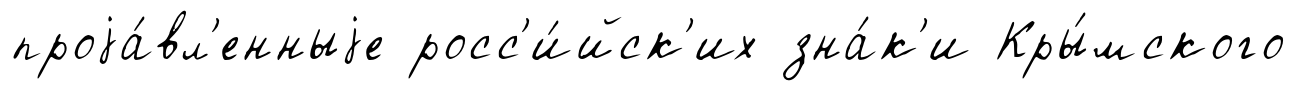
проjа́вл'енныjе росс'и́йск'их зна́к'и Кры́мского